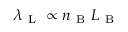
\lambda _ { \mathrm { ~ L ~ } } \propto n _ { \mathrm { ~ B ~ } } L _ { \mathrm { ~ B ~ } }